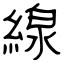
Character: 線